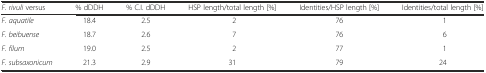
<table><thead><tr><td><b><i>F. rivuli</i> versus</b></td><td><b>% dDDH</b></td><td><b>% C.I. dDDH</b></td><td><b>HSP length/total length [%]</b></td><td><b>Identities/HSP length [%]</b></td><td><b>Identities/total length [%]</b></td></tr></thead><tbody><tr><td><i>F. aquatile</i></td><td>18.4</td><td>2.5</td><td>2</td><td>76</td><td>1</td></tr><tr><td><i>F. beibuense</i></td><td>18.7</td><td>2.6</td><td>7</td><td>76</td><td>6</td></tr><tr><td><i>F. filum</i></td><td>19.0</td><td>2.5</td><td>2</td><td>77</td><td>1</td></tr><tr><td><i>F. subsaxonicum</i></td><td>21.3</td><td>2.9</td><td>31</td><td>79</td><td>24</td></tr></tbody></table>